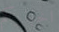
اخباركم